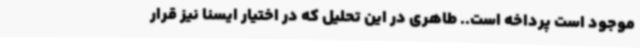
موجود است پرداخه است.. طاهری در این تحلیل که در اختیار ایسنا نیز قرار